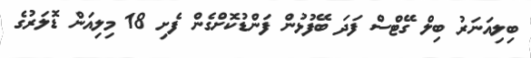
ބިލިއަނަރު ބިލް ގޭޓްސް ފަދަ ބޭފުޅުން ފަންޑުކޮށްގެން ފެށި 18 މިލިއަން ޑޮލަރުގެ